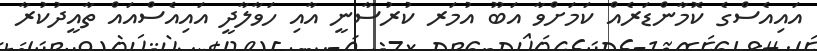
އައިއެސްގެ ކޮމާންޑަރެއް ކަމަށްވާ އަބޫ އުމަރ ކުރުސާނީ އާއި ހަވާލާދީ އައިއެސްއައް ތާއީދުކުރާ